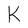
Character: K